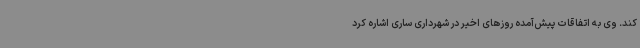
کند. وی به اتفاقات پیش‌آمده روزهای اخیر در شهرداری ساری اشاره کرد